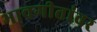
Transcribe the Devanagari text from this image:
भावगीतांवर